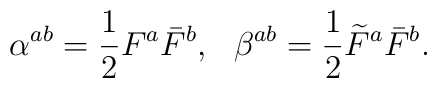
\alpha^{ab} = \frac{1}{2} F^{a} \bar{F}^{b},~~\beta^{ab} = \frac{1}{2}  \widetilde{F}^{a} \bar{F}^{b}.